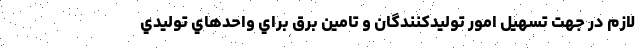
لازم در جهت تسهيل امور توليدكنندگان و تامين برق براي واحدهاي توليدي